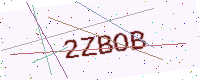
Text: 2ZBOB